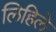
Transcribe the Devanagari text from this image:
लिहिलेे